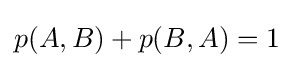
p(A,B)+p(B,A)=1